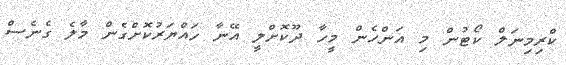
ކްރިމިނަލް ކޯޓުން މި އަންހެން މީހާ ދޫކޮށްލީ އޭނާ ހައްޔަރުކޮށްގެން މާލެ ގެނެސް